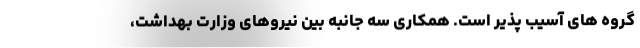
گروه های آسیب پذیر است. همکاری سه جانبه بین نیروهای وزارت بهداشت،